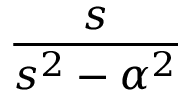
\frac { s } { s ^ { 2 } - \alpha ^ { 2 } }